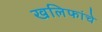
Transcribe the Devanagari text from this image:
खलिफांचे